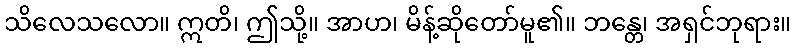
သိလေသလော။ ဣတိ၊ ဤသို့။ အာဟ၊ မိန့်ဆိုတော်မူ၏။ ဘန္တေ၊ အရှင်ဘုရား။